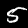
Label: 5